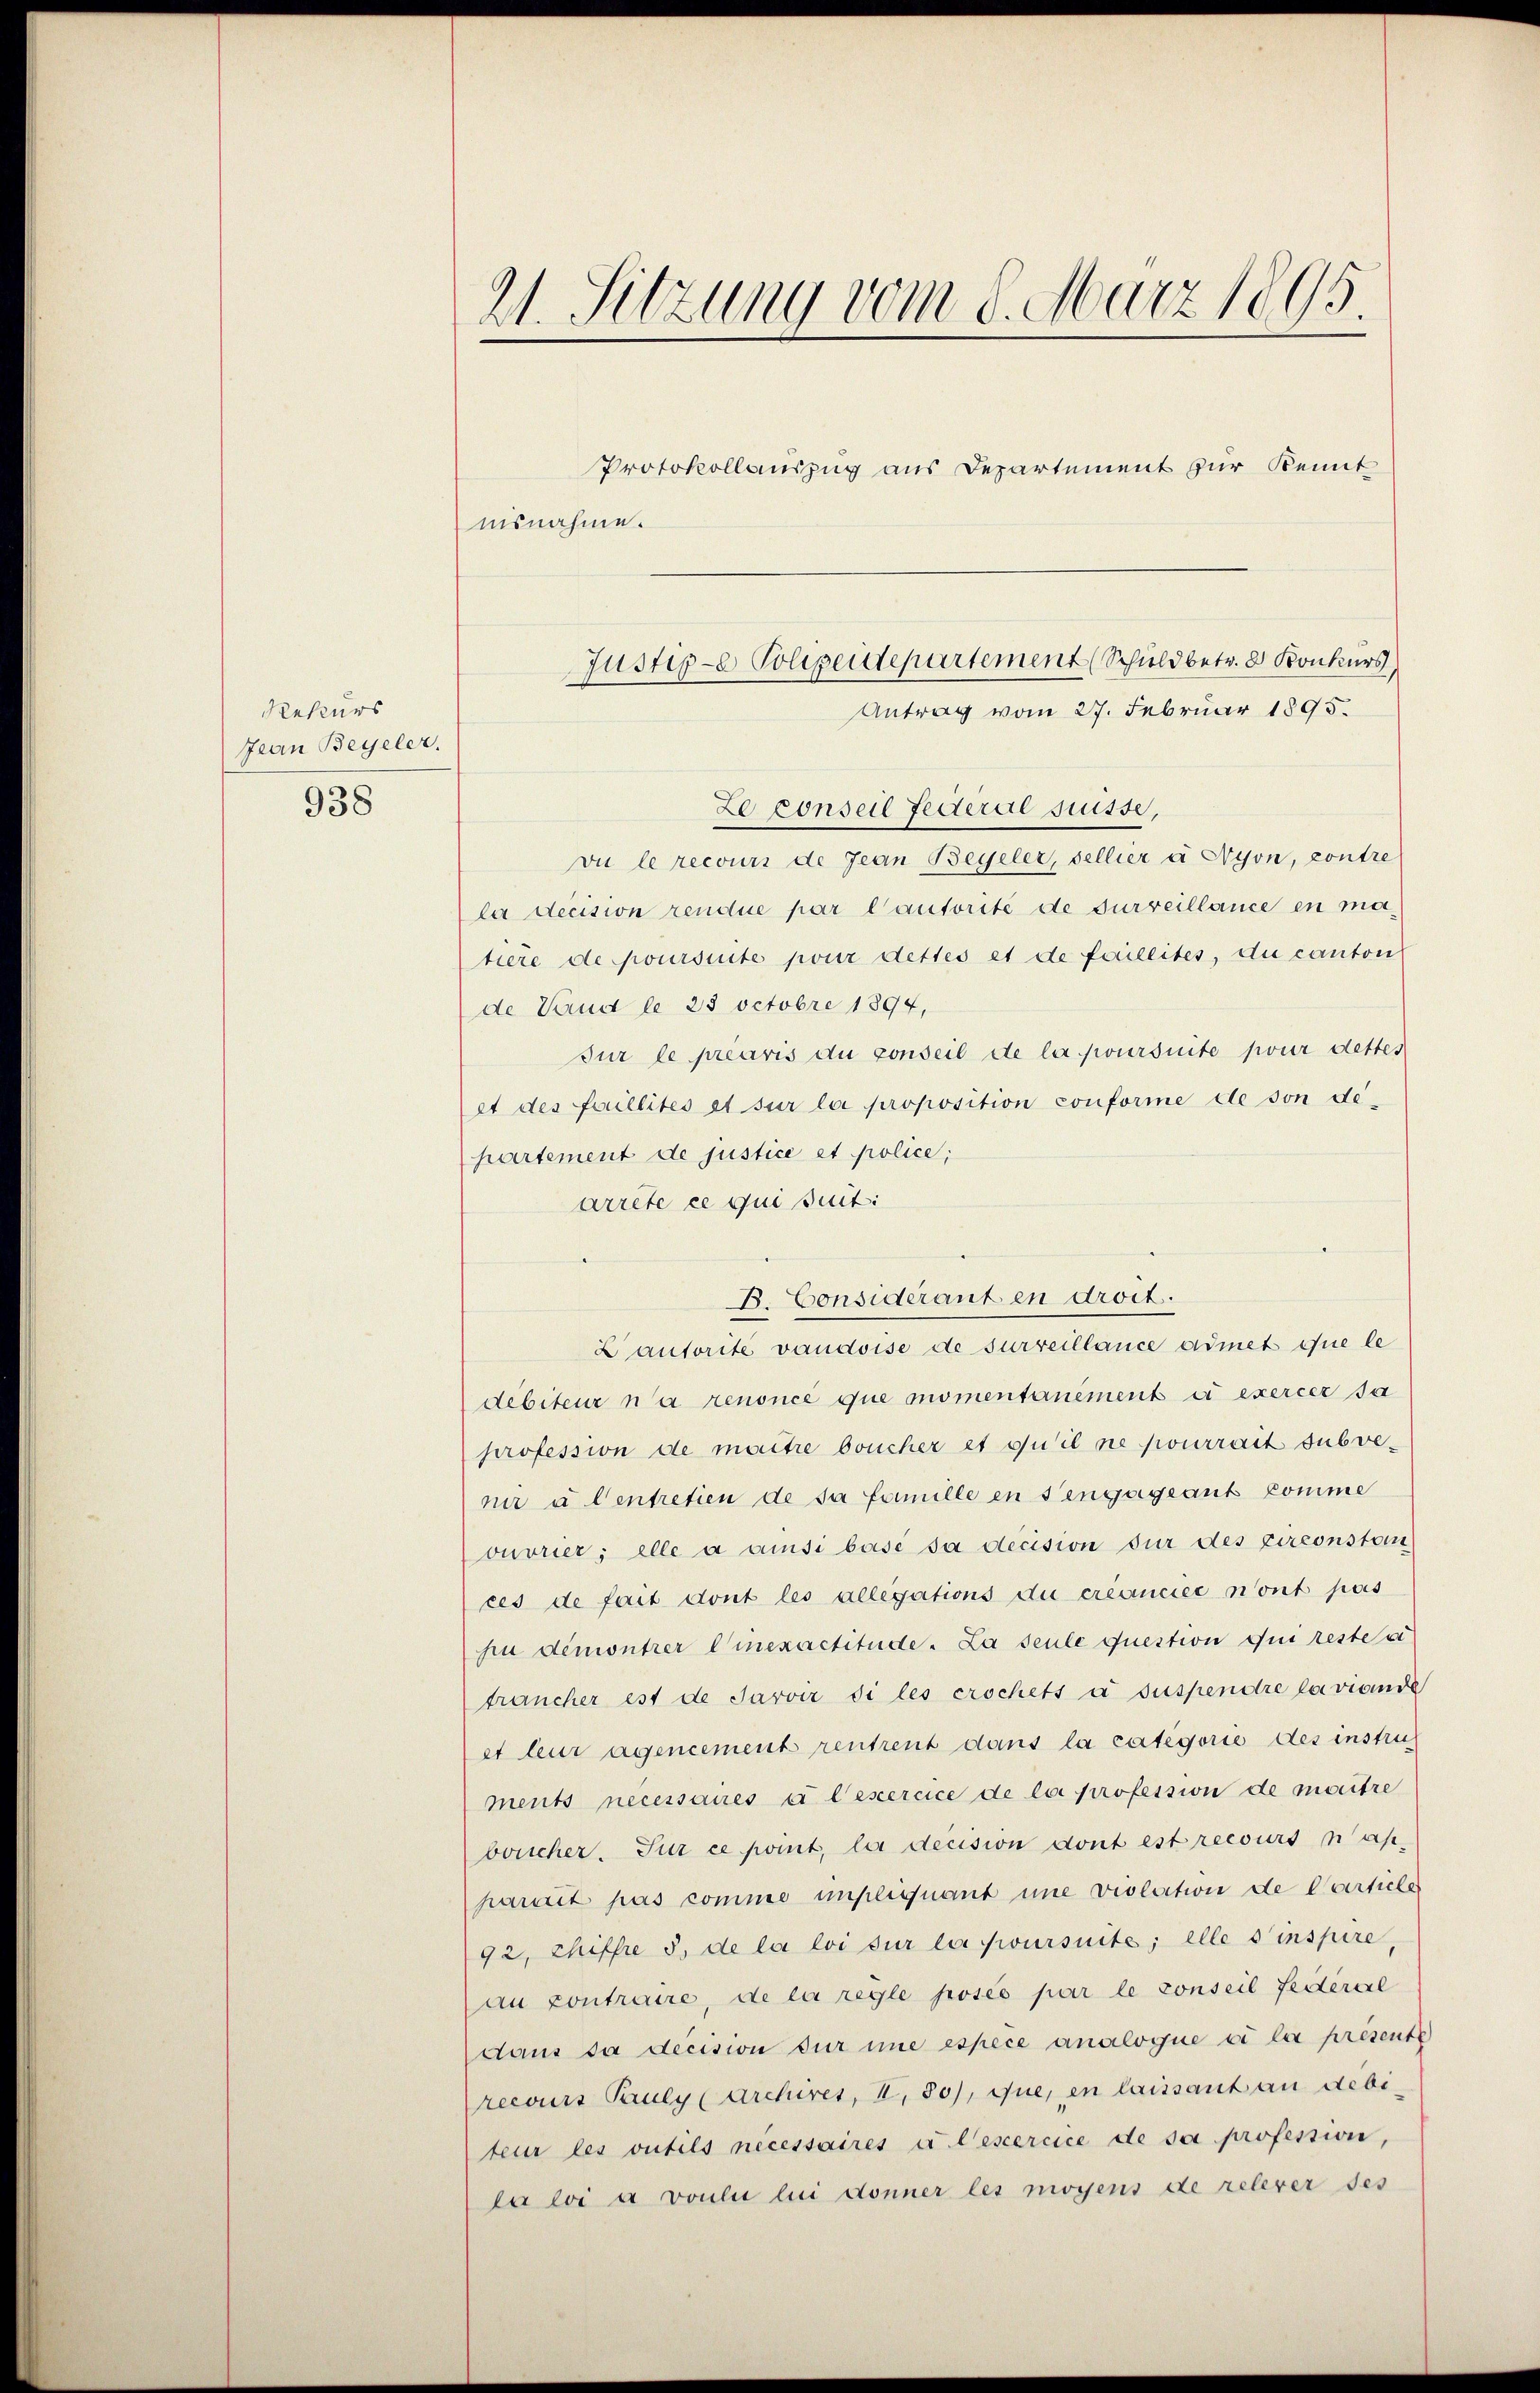
Rekurs
Jean Beyeler.
938

21. Sitzung vom 8. März 1895.

Protokollauszug aus Departement zur Kennt
nisnahme.

Ze conseil Federal Suisse,
vu le recours de Jean Begeler, sellier à Wyon, contre
la decision rendue par l’autorité de surveillance en matiere de poursuite pour dettes et de faillites, du canton
de Hand le 25 Octobre 1894,
sur le préavis du conseil de la poursuite pour dettes
et des Foullités et sur loi proposition conforme de son departement de justice et police;
arrete ce qui suit:
L autorite vaudoise de surveillance admet eine le
débiteur n’a renoncé que momentanement et exercer sa
profession de maître boucher et qu’il ne pourrait subve
nir u. Centretien de sa famille en sengageant komme
ouvrier; elle a cusi base sa decision für des circonstan
ces de fait dont les allegations du créanciée nont pas
hu demontrer Einexactitude. La seule question qui reste e
trancher est de Jarvir di les crochets a suspendre la viende
et leur agencement rentreut dans la categorie des instru
ments necessaires à l’exercice de loi profession de moritze
boucher. Sur ce point, la decision dont est recours nah-
parait pas comme unpliquant une violation de Carticle
92, chiffre 5. de la loi sur lui poursuite; elle sinspire
an contraire, de la regle posés par le conseil Federsel
daus da decision für imme espèce analogue vi la presente
recours Pauly (Archires, II, 80), que, en laissant an debi
teur les vutils necessaires u lesercice de sa profession,
la loi a voulis bei donner les moyens de relever ses

Justige Polizeidepartement (Schuldbetr. 8 Konkurs
Antrag vom 27. Februar 1895.

B. Considérant en droit.